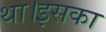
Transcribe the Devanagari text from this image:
था।इसका